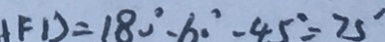
F D = 1 8 0 ^ { \circ } - 6 0 ^ { \circ } - 4 5 ^ { \circ } = 7 5 ^ { \circ }